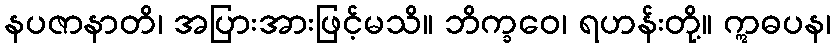
နပဇာနာတိ၊ အပြားအားဖြင့်မသိ။ ဘိက္ခဝေ၊ ရဟန်းတို့။ ဣဓပန၊